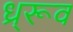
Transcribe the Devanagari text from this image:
ध्र्रूव